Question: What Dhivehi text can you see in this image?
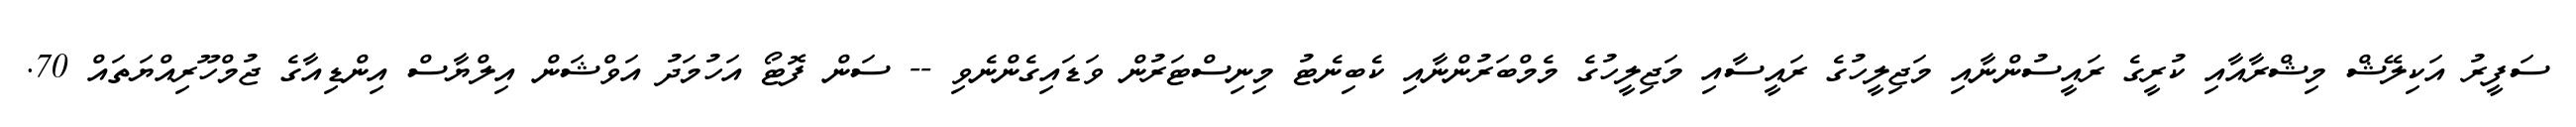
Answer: ސަފީރު އަކިލޭޝް މިޝްރާއާއި ކުރީގެ ރައީސުންނާއި މަޖިލީހުގެ ރައީސާއި މަޖިލީހުގެ މެމްބަރުންނާއި ކެބިނެޓު މިނިސްޓަރުން ވަޑައިގެންނެވި -- ސަން ފޮޓޯ އަހުމަދު އަވްޝަން އިލްޔާސް އިންޑިއާގެ ޖުމްހޫރިއްޔަތައް 70.